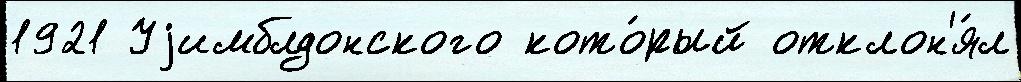
1921 Уjимблдонского кото́рый отклон'я́л